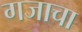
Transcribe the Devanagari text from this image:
गजाचा